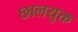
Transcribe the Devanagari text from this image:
छालयुक्त